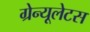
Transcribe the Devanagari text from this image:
ग्रेन्यूलेटस